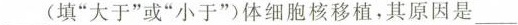
___(填”大于”或”小于”)体细胞核移植，其原因是___